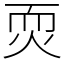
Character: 䎡